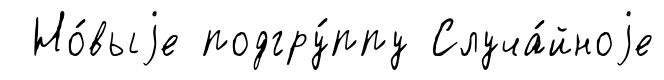
Но́выjе подгру́ппу Случа́йноjе